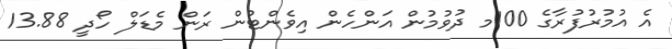
އެ އުމުރުފުރާގެ 100މ ދުވުމުން އަންހެން އިވެންޓުން ރަން މެޑަލް ހޯދީ 13.88